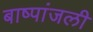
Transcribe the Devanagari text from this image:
बाष्पांजली